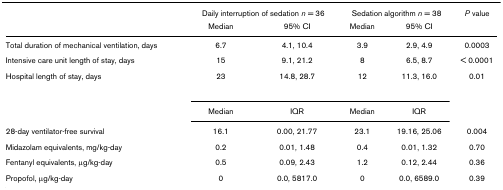
<table><thead><tr><td></td><td colspan="2"><b>Daily interruption of sedation <i>n </i>= 36</b></td><td colspan="2"><b>Sedation algorithm <i>n </i>= 38</b></td><td><b><i>P </i>value</b></td></tr><tr><td></td><td><b>Median</b></td><td><b>95% CI</b></td><td><b>Median</b></td><td><b>95% CI</b></td><td></td></tr></thead><tbody><tr><td>Total duration of mechanical ventilation, days</td><td>6.7</td><td>4.1, 10.4</td><td>3.9</td><td>2.9, 4.9</td><td>0.0003</td></tr><tr><td>Intensive care unit length of stay, days</td><td>15</td><td>9.1, 21.2</td><td>8</td><td>6.5, 8.7</td><td>&lt; 0.0001</td></tr><tr><td>Hospital length of stay, days</td><td>23</td><td>14.8, 28.7</td><td>12</td><td>11.3, 16.0</td><td>0.01</td></tr><tr><td></td><td>Median</td><td>IQR</td><td>Median</td><td>IQR</td><td></td></tr><tr><td>28-day ventilator-free survival</td><td>16.1</td><td>0.00, 21.77</td><td>23.1</td><td>19.16, 25.06</td><td>0.004</td></tr><tr><td>Midazolam equivalents, mg/kg-day</td><td>0.2</td><td>0.01, 1.48</td><td>0.4</td><td>0.01, 1.32</td><td>0.70</td></tr><tr><td>Fentanyl equivalents, μg/kg-day</td><td>0.5</td><td>0.09, 2.43</td><td>1.2</td><td>0.12, 2.44</td><td>0.36</td></tr><tr><td>Propofol, μg/kg-day</td><td>0</td><td>0.0, 5817.0</td><td>0</td><td>0.0, 6589.0</td><td>0.39</td></tr></tbody></table>